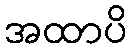
အထာပိ